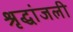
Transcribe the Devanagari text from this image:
श्रृद्धांजली